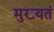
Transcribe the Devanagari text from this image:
मुख्यतं